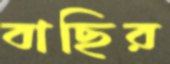
বাছির